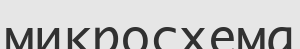
микросхема